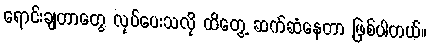
ရောင်းချတာတွေ လုပ်ပေးသလို ထိတွေ့ ဆက်ဆံနေတာ ဖြစ်ပါတယ်။